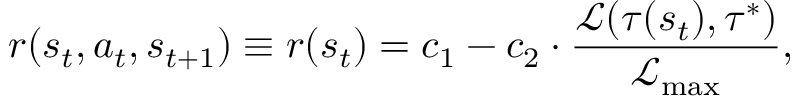
r ( s _ { t } , a _ { t } , s _ { t + 1 } ) \equiv r ( s _ { t } ) = c _ { 1 } - c _ { 2 } \cdot \frac { \mathcal L ( \tau ( s _ { t } ) , \tau ^ { * } ) } { \mathcal L _ { \operatorname* { m a x } } } ,